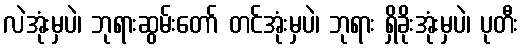
လဲအုံးမှပဲ၊ ဘုရားဆွမ်းတော် တင်အုံးမှပဲ၊ ဘုရား ရှိခိုးအုံးမှပဲ၊ ပုတီး